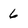
Character: 6